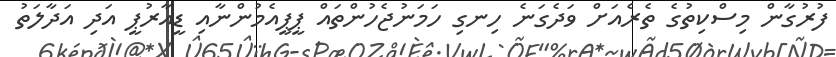
ފުރުގާން މިސްކިތުގެ ތެރެއަށް ވަދެގަނެ ހިނގި ހަމަނުޖެހުންތައް ޕީޕީއެމުންނާއި ޑީއާރުޕީ އަދި އަދާލަތު